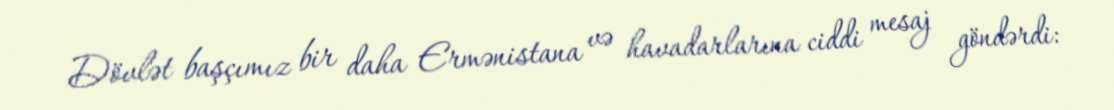
Dövlət başçımız bir daha Ermənistana və havadarlarına ciddi mesaj göndərdi: